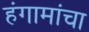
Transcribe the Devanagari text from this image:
हंगामांचा